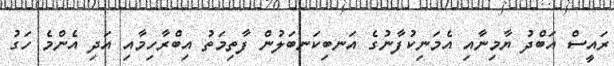
ރައީސް އަބްދު ޔާމިނާއި އެމަނިކުފާނުގެ އަނބިކަނބަލުން ފާތިމަތު އިބްރާހިމާއި އަދި އެންމެ ހަގު